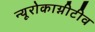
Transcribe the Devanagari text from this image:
न्यूरोकाग्नीटीव